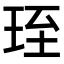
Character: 𤥇